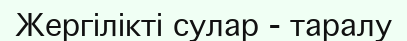
Жергілікті сулар - таралу